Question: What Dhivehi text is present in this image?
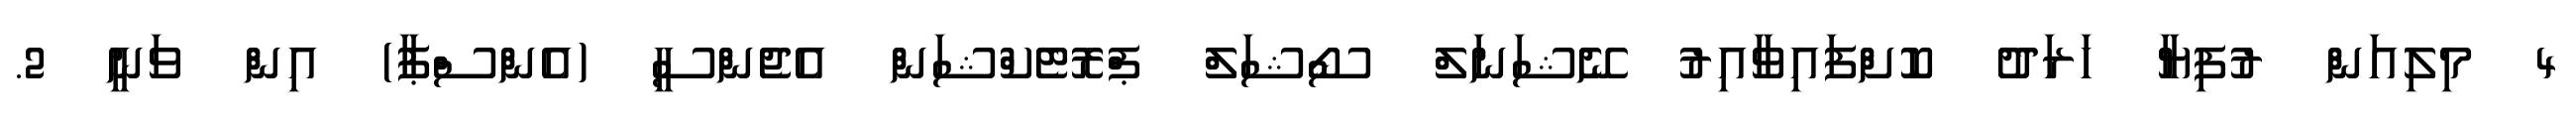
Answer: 4 މިލިއަން ރުފިޔާ ހަރަދު ކޮށްފައިވާއިރު ނޭޝަނަލް ސޯޝަލް ޕްރޮޓެކްޝަން އެޖެންސީ (އެންސްޕާ) އިން ވަނީ 2.